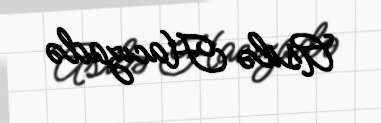
Asilə Hacızadə